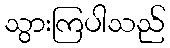
သွားကြပါသည်